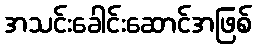
အသင်းခေါင်းဆောင်အဖြစ်